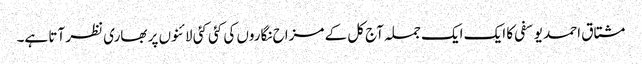
مشتاق احمد یوسفی کا ایک ایک جملہ آج کل کے مزاح نگاروں کی کئی کئی لائنوں پر بھاری نظر آتا ہے۔